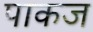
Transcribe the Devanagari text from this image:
पाकज